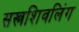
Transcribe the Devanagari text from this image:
सस्त्रशिवलिंग